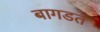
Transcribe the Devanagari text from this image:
बागडत